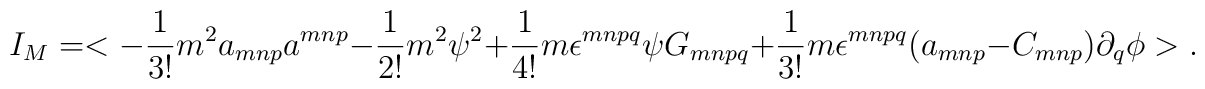
I_M = <-\frac{1}{3!}m^2 a_{mnp}a^{mnp} - \frac{1}{2!}m^2\psi ^2 + \frac{1}{4!}m\epsilon^{mnpq}\psi G_{mnpq} + \frac{1}{3!}m\epsilon^{mnpq}(a_{mnp} - C_{mnp})\partial_q\phi>.